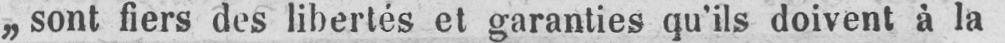
„sont fiers des libertés et garanties qu’ils doivent à la